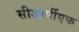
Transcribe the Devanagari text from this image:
सीआर्पीएफ